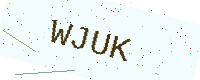
Text: WJUK